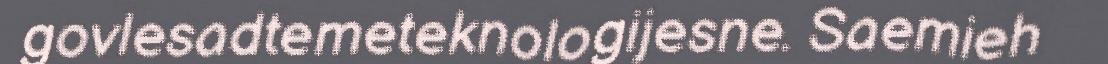
govlesadtemeteknologijesne. Saemieh